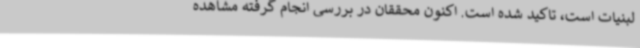
لبنیات است، تاکید شده است. اکنون محققان در بررسی انجام گرفته مشاهده